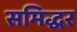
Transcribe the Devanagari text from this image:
समिद्धर